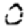
Digit: 0